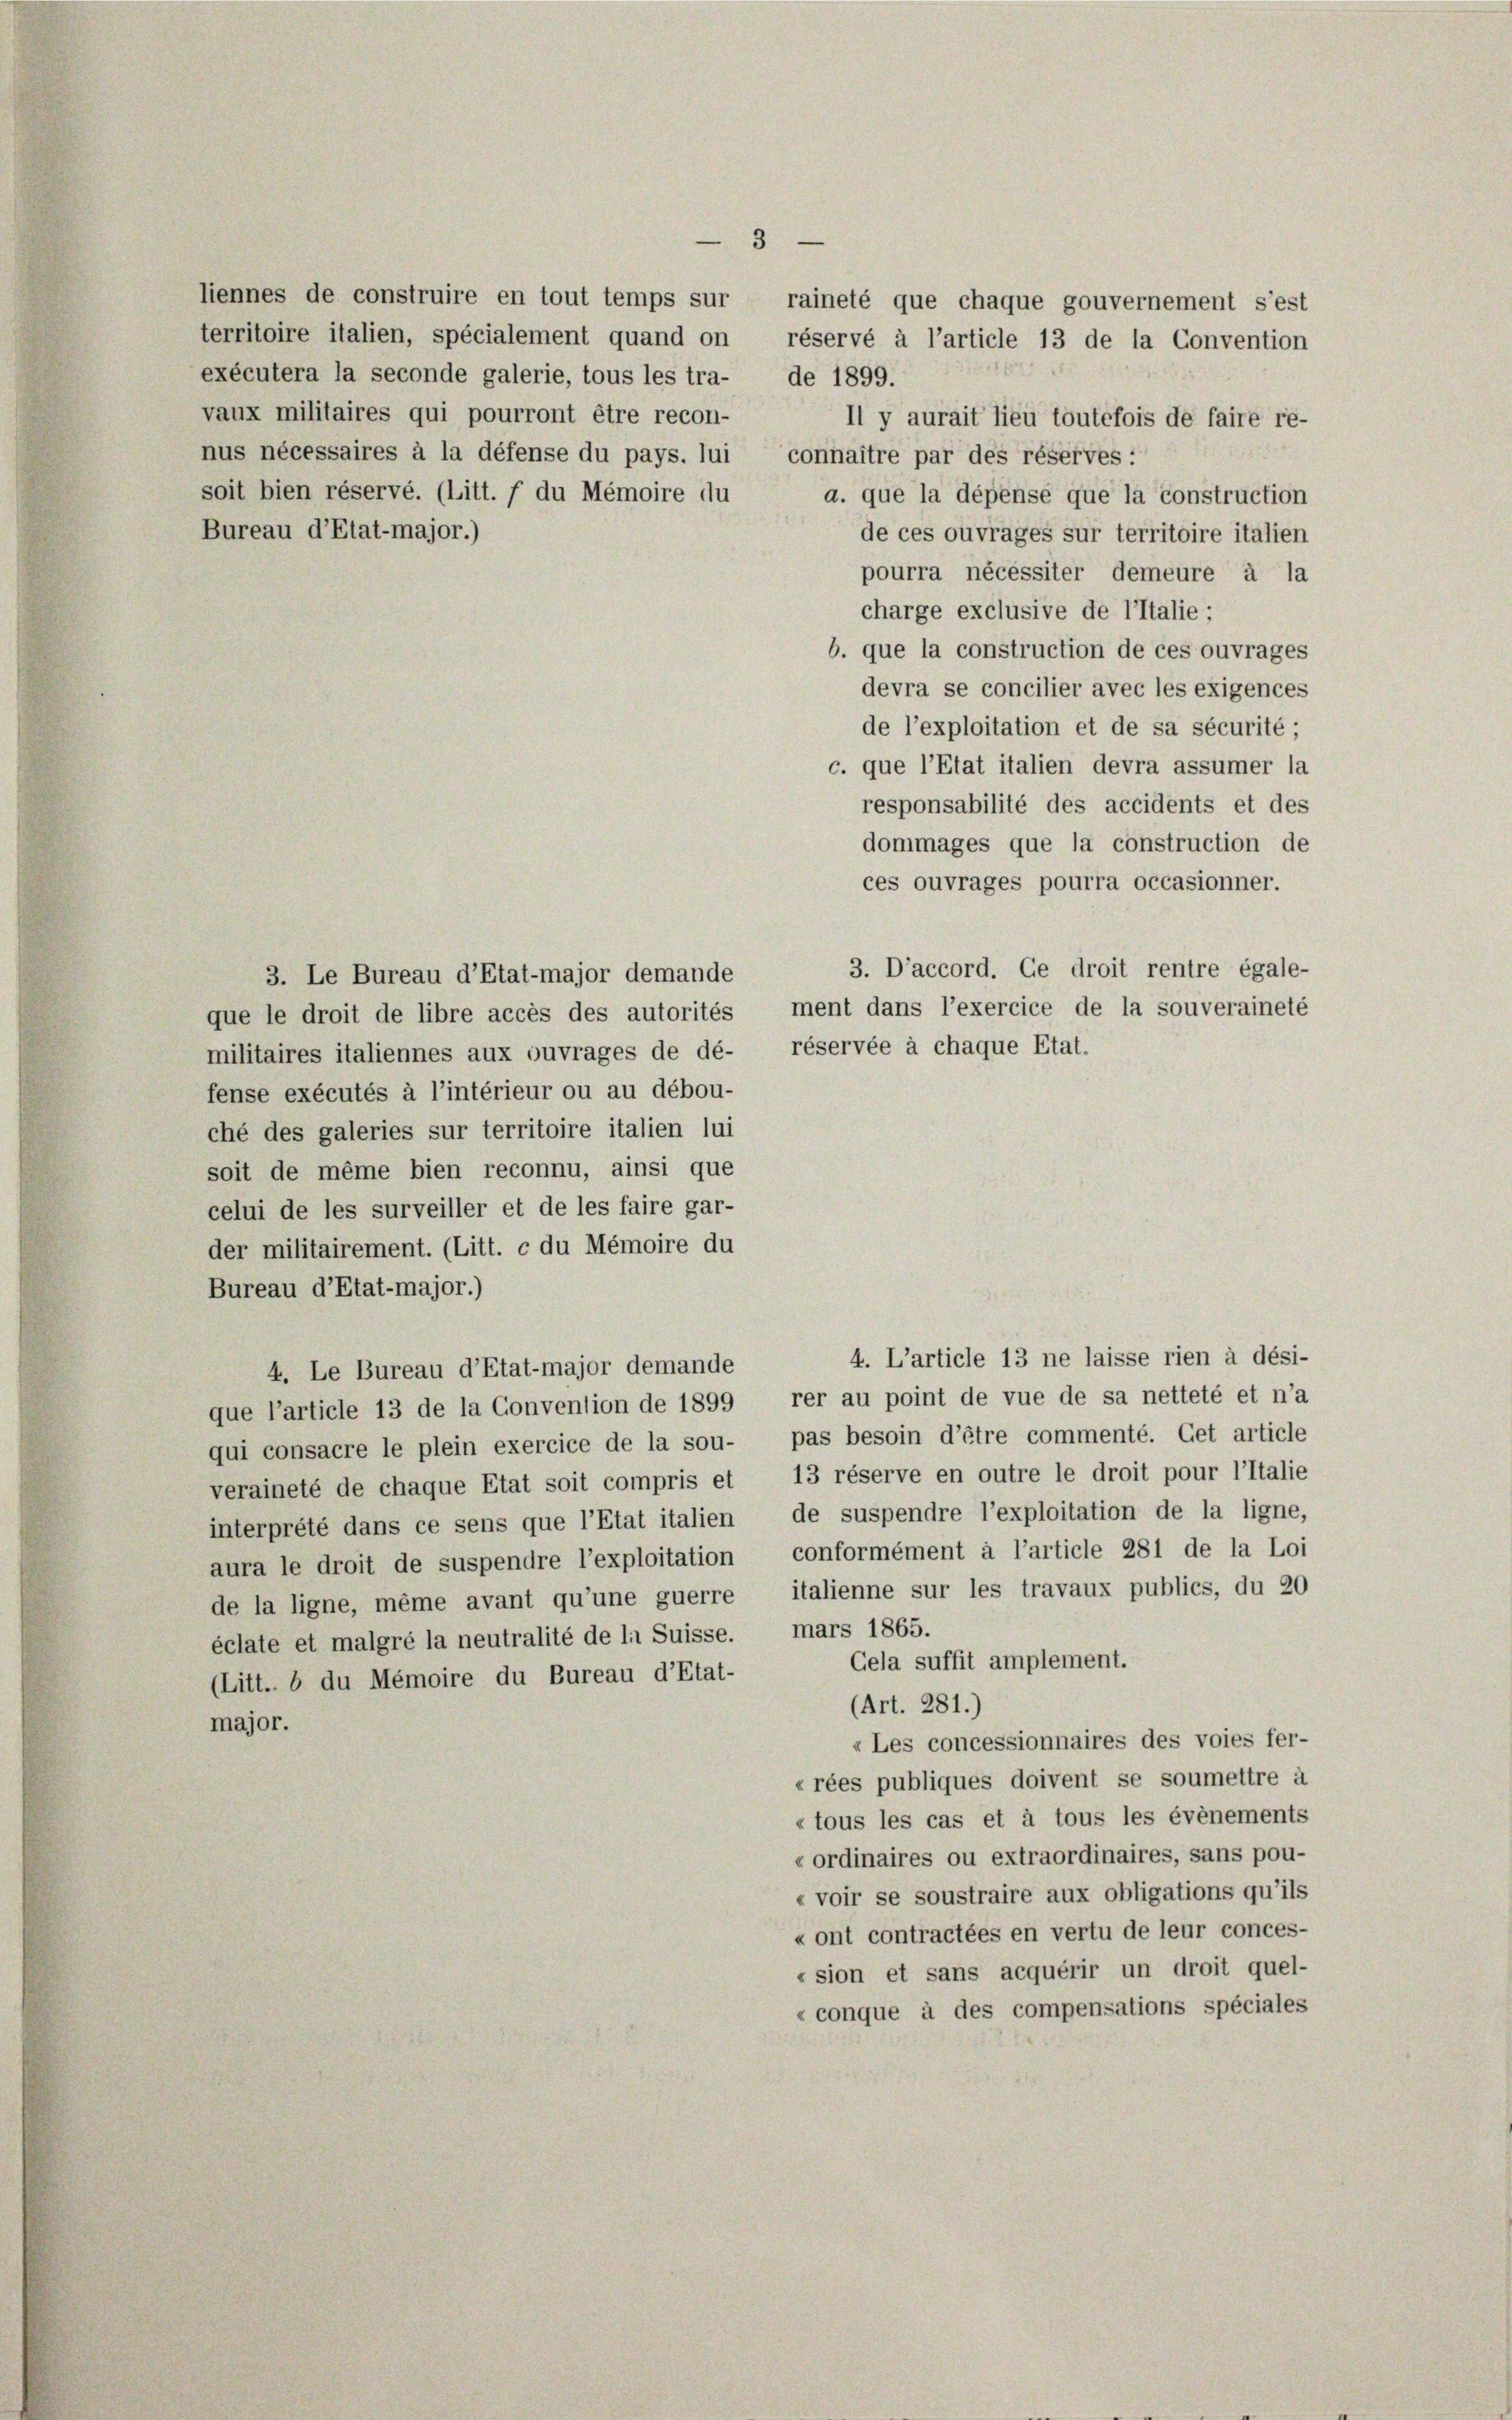
vaux militaires qui pourront être recon-
soit bien réservé. (Litt. f du Mémoire du
Bureau d’Etat-major.)

Il y aurait lieu toutefois de faire re-
a. que la dépense que la construction
de ces ouvrages sur territoire italien
pourra nécessiter demeure à la
charge exclusive de l’Italie;
b. que la construction de ces ouvrages
devra se concilier avec les exigences
de l’exploitation et de sa sécurité;
c. que l’Etat italien devra assumer la
responsabilité des accidents et des
dommages que la construction de
ces ouvrages pourra occasionner.
3. D’accord. Ce droit rentre égale-
3. Le Bureau d’Etat-major demande
que le droit de libre accès des autorités ment dans l’exercice de la souveraineté
militaires italiennes aux ouvrages de dé- réservée à chaque Etat.
fense exécutés à l’intérieur ou au débou-
ché des galeries sur territoire italien lui
soit de même bien reconnu, ainsi que
celui de les surveiller et de les faire gar-
der militairement. (Litt. c du Mémoire du
Bureau d’Etat-major.)
4. L’article 13 ne laisse rien à dési-
4. Le Bureau d’Etat-major demande
que l’article 13 de la Convention de 1899, rer au point de vue de sa netteté et n’a
qui consacre le plein exercice de la sou- pas besoin d’être commenté. Get article
veraineté de chaque Etat soit compris et 13 réserve en outre le droit pour l’Italie
interprété dans ce sens que l’Etat italien, de suspendre l’exploitation de la ligne,
aura le droit de suspendre l’exploitation, conformément à l’article 281 de la Loi
de la ligne, même avant qu’une guerre, italienne sur les travaux publics, du 20
éclate et malgré la neutralité de la Suisse. mars 1865.
Gela suffit amplement.
(Litt. b du Mémoire du Bureau d’Etat-
(Art. 281.)
major.
«Les concessionnaires des voies fer-
«rées publiques doivent se soumettre à
«tous les cas et à tous les événements
« ordinaires ou extraordinaires, sans pou-
« voir se soustraire aux obligations qu’ils
« ont contractées en vertu de leur conces-
« sion et sans acquérir un droit quel-
«conque à des compensations spéciales

exécutera la seconde galerie, tous les tra- de 1899.
nus nécessaires à la défense du pays. lui, connaître par des réserves:

—
3
liennes de construire en tout temps sur raineté que chaque gouvernement s’est
territoire italien, spécialement quand on réservé à l’article 13 de la Convention